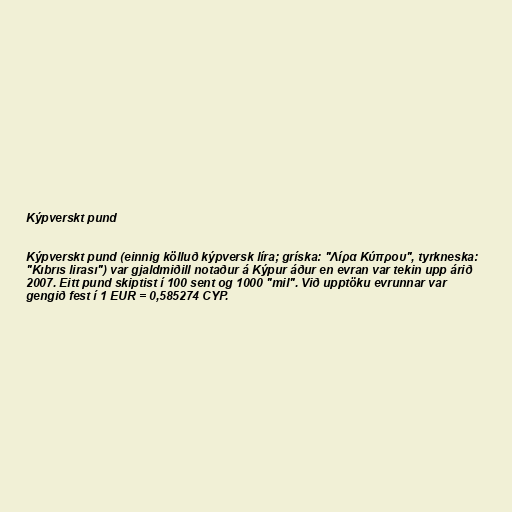
Kýpverskt pund

Kýpverskt pund (einnig kölluð kýpversk líra; gríska: "Λίρα Κύπρου", tyrkneska:
"Kıbrıs lirası") var gjaldmiðill notaður á Kýpur áður en evran var tekin upp árið
2007. Eitt pund skiptist í 100 sent og 1000 "mil". Við upptöku evrunnar var
gengið fest í 1 EUR = 0,585274 CYP.